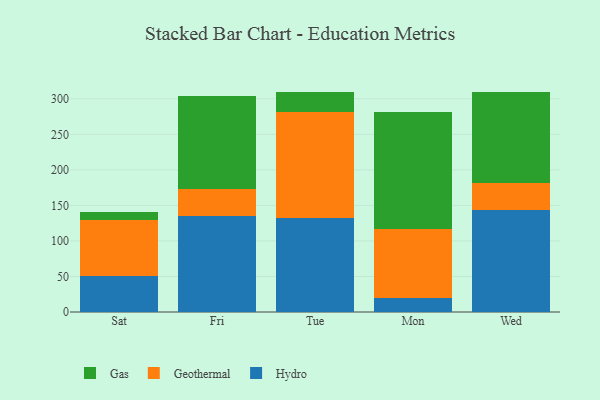
{"axis": {"x": "Day", "y": "Population (Million)"}, "legend": ["Gas", "Geothermal", "Hydro"], "data": [{"x": "Sat", "y": 50.6, "type": "Hydro"}, {"x": "Sat", "y": 78.6, "type": "Geothermal"}, {"x": "Sat", "y": 11.8, "type": "Gas"}, {"x": "Fri", "y": 135.2, "type": "Hydro"}, {"x": "Fri", "y": 37.5, "type": "Geothermal"}, {"x": "Fri", "y": 131.7, "type": "Gas"}, {"x": "Tue", "y": 131.7, "type": "Hydro"}, {"x": "Tue", "y": 150.0, "type": "Geothermal"}, {"x": "Tue", "y": 27.7, "type": "Gas"}, {"x": "Mon", "y": 19.4, "type": "Hydro"}, {"x": "Mon", "y": 96.7, "type": "Geothermal"}, {"x": "Mon", "y": 164.8, "type": "Gas"}, {"x": "Wed", "y": 144.0, "type": "Hydro"}, {"x": "Wed", "y": 38.2, "type": "Geothermal"}, {"x": "Wed", "y": 127.9, "type": "Gas"}]}